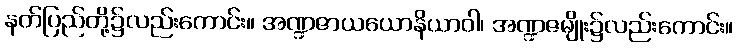
နတ်ပြည်တို့၌လည်းကောင်း။ အဏ္ဍဇာယယောနိယာဝါ၊ အဏ္ဍဇမျိုး၌လည်းကောင်း။